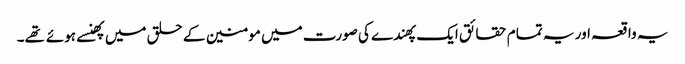
یہ واقعہ اور یہ تمام حقائق ایک پهندے کی صورت میں مومنین کے حلق میں پهنسے ہوئے تهے۔